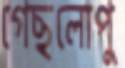
গেছলোপু